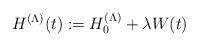
LaTeX: \begin{align*}H^{(\Lambda)}(t):=H_0^{(\Lambda)}+\lambda W(t)\end{align*}